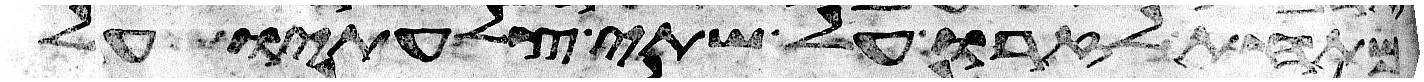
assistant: מתחת לזרו על שתי צלעתיו על